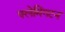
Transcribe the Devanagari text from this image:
फ्लेमिंगटन